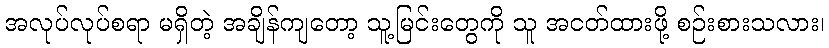
အလုပ်လုပ်စရာ မရှိတဲ့ အချိန်ကျတော့ သူ့မြင်းတွေကို သူ အငတ်ထားဖို့ စဉ်းစားသလား၊